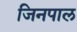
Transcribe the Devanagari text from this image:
जिनपाल